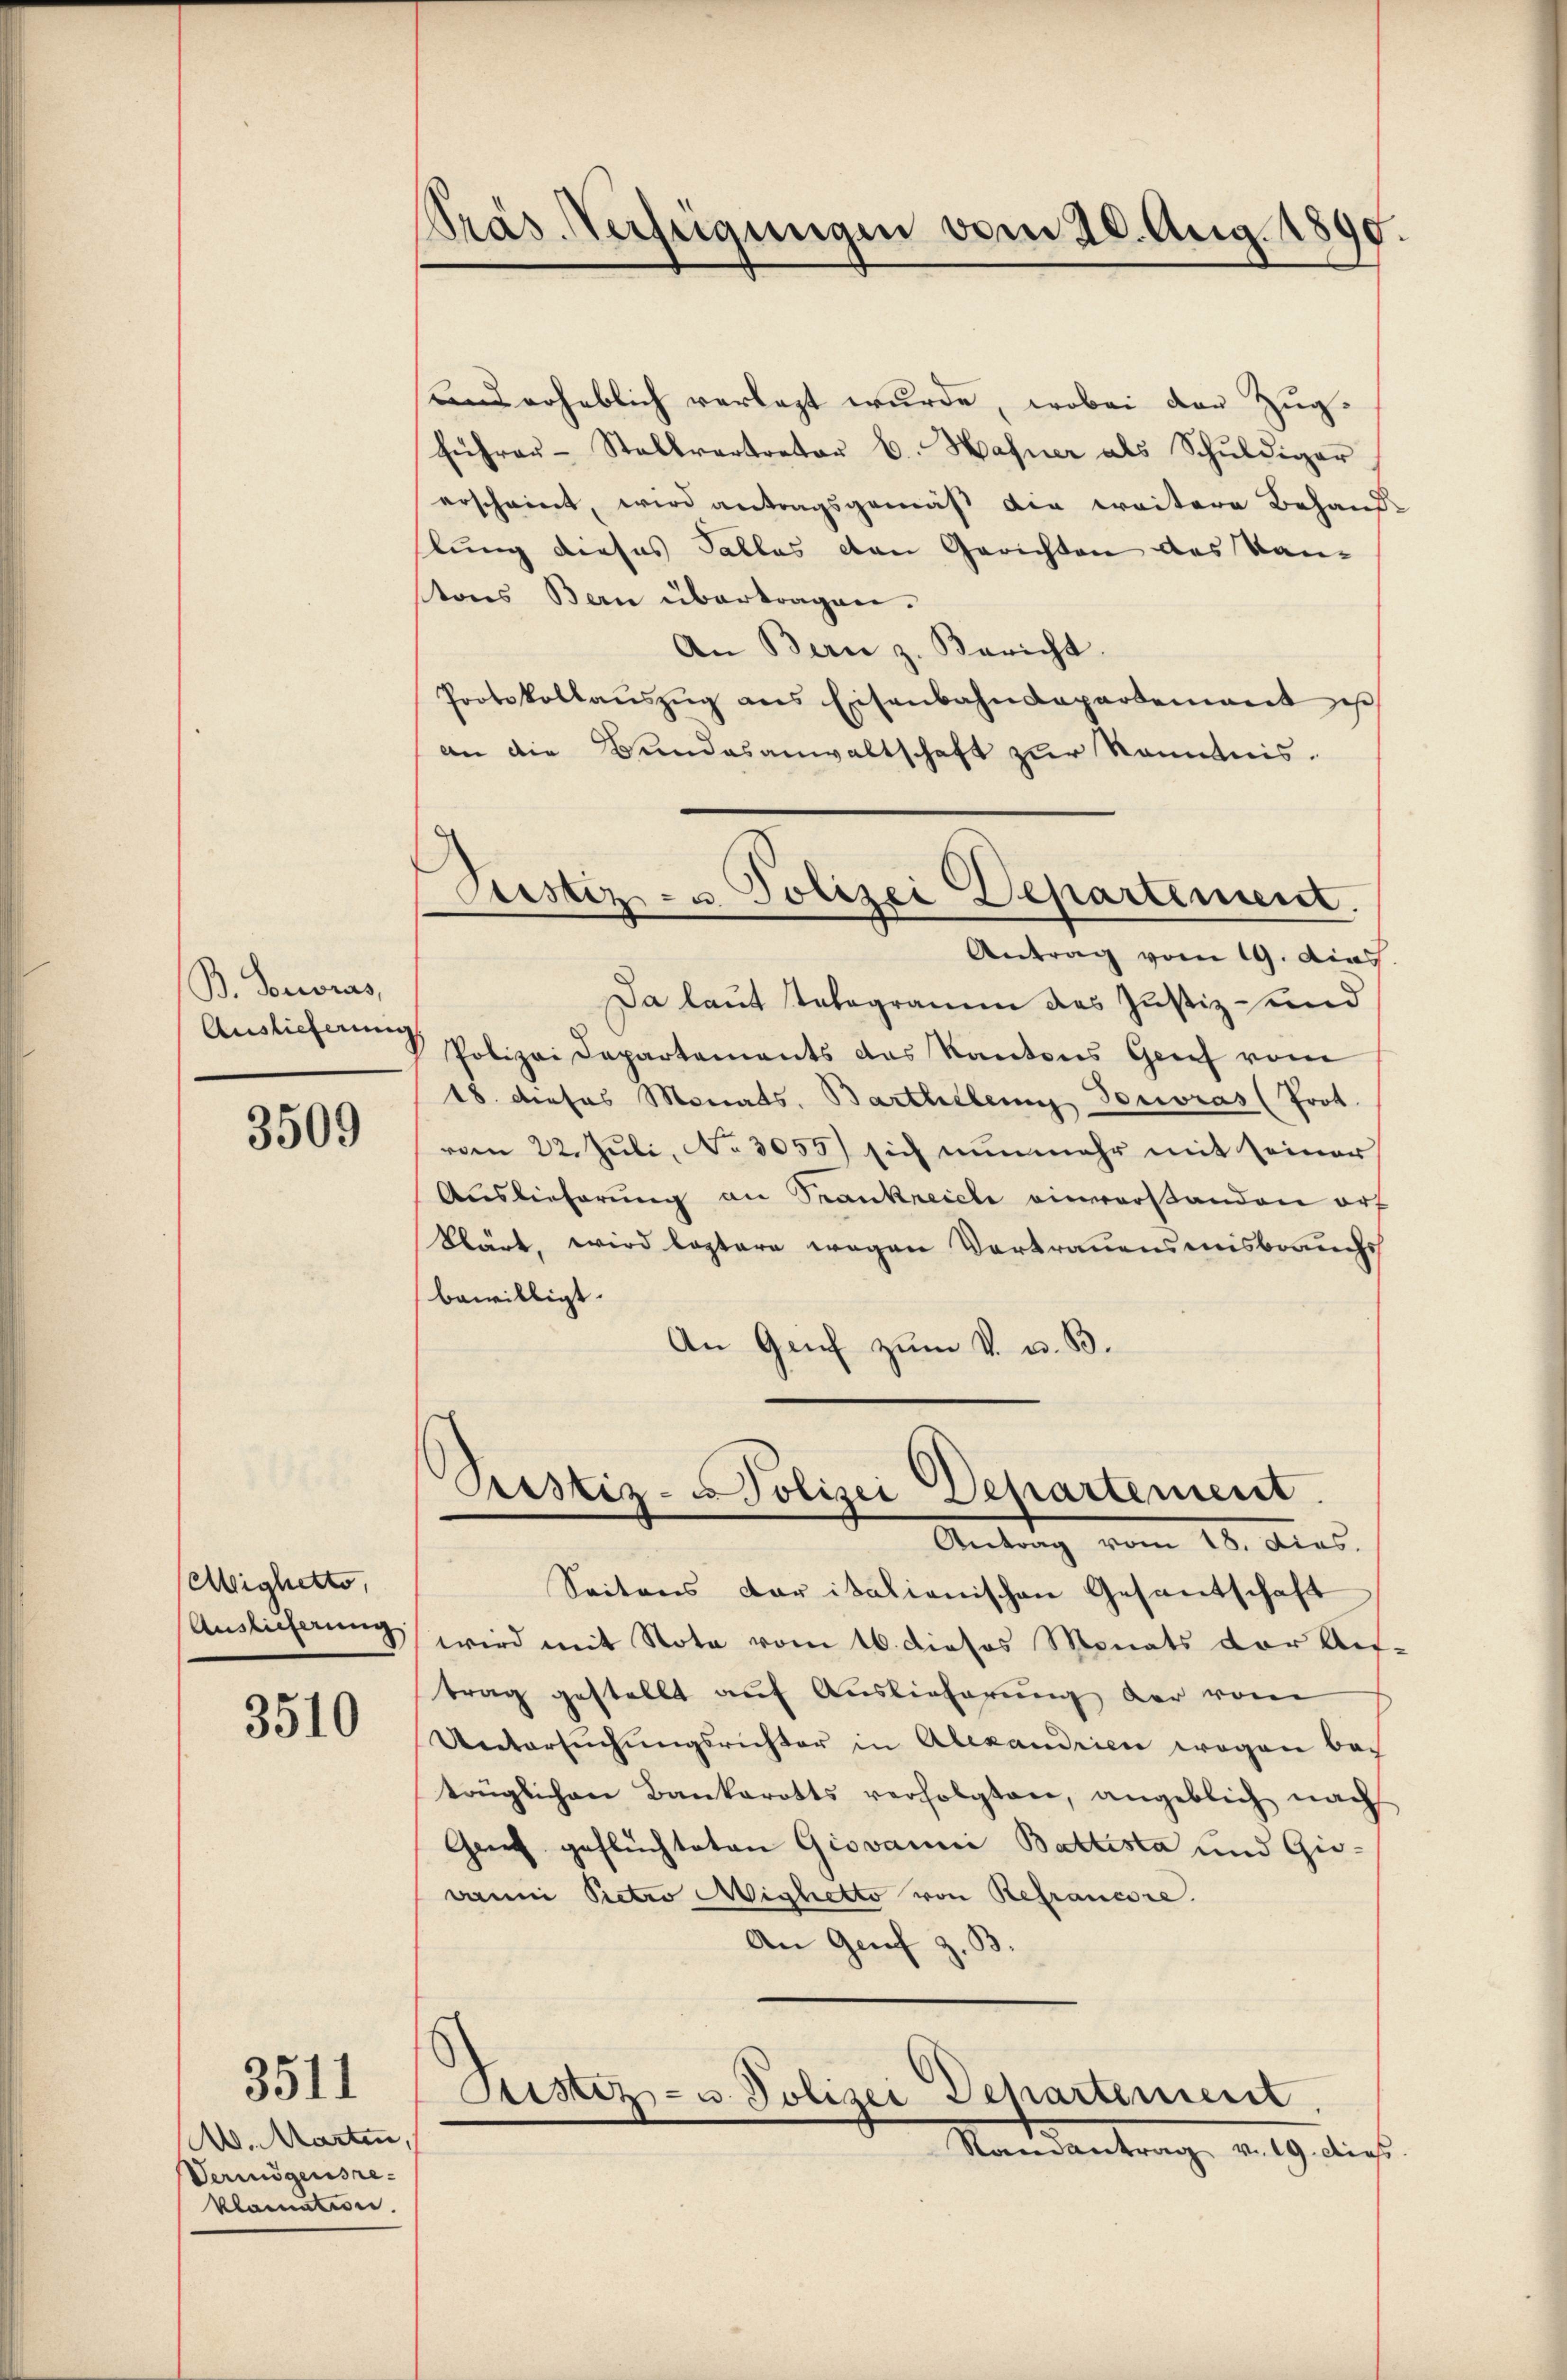
B. Vorwras,
Auslieferung

3509

Mighetto,
Auslieferung

3510

3511

A. Marten,
Vermögensreklamatin.

Präs. Verfeigungen vom 20. Aug. 1890.

und erheblich verlegt wurde, wobei der Zug-
führer- Stellvertrator C. Hafner als Schŭldiger
erscheint, wird antragsgemäß die weitere Behand
lung dieses Tallas den Gerichten des Kan-
tons Bern übertragen.
An Bern z. Bericht
Protokollaŭszŭg ans Eisenbahndepartement ist
an die Bundesanwaltschaft zur Kenntnis
Justiz- u. Polizei Departement.
Antrag vom 19. Acad
Da laut Telegramm das Justiz und
Polizei Departements das Kantons Grief vom
18. dieses Monats, Barthellen Tonoras (Prot.
vom 22. Juli, No 3055) sich nunmehr mit seiner
Auslieferung an Trankreiche einverstanden erf
klärt, wird leztere wegen Vortrauensmisbrauchs
bewilligt
|
An Genf zum V. u. B.

Custiz-Polizei Departement.
Antrag vom 18. Dies

Seitens daritationischen Gesandtschaft
wird mit Note vom 16. dieses Monats der Auf-
trag gestellt auf Auslieferung der vom
Untersŭchŭngsrichter in Alexandrien wegen bac
trüglichen Bankarotts verfolgten, angeblich nach
Gant geflüchteten Giovanni Battesta und Giedann Pietro Mighetto von Refrancore.
An Grif z.

Sistiz- u. Polizei Departement.
Randantrag v. 19. dies